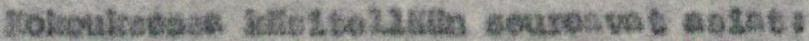
Kokouksessa käsitellään seuraavat asiat: